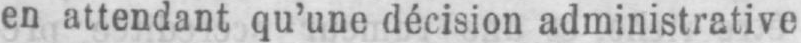
en attendant qu’une décision administrative